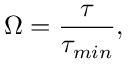
\Omega = \frac { \tau } { \tau _ { m i n } } ,